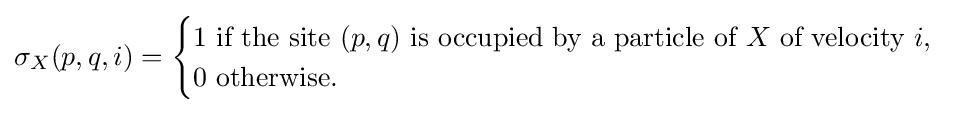
\sigma _{X}(p,q,i)={\begin{cases}1{\text{ if the site }}(p,q){\text{ is occupied by a particle of }}X{\text{ of velocity }}i,\\0{\text{ otherwise.}}\end{cases}}